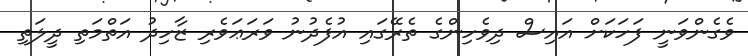
ވެގެންވަނީ ފަހަކަށް އައިސް ދިވެހިންގެ ތެރޭގައި އުފެދުނު ވަރަޢަވެރި ޒާހިދު އަތްމަތި ދީލަތި